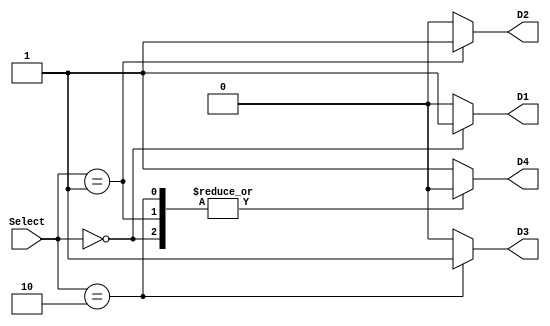
module Decoder_2_to_4
	(
		input  [1:0] Select,	
		output reg 	D1,
		output reg  D2,
		output reg  D3,
		output reg  D4
	);
	
	always @* begin
	
		case (Select)
		
			2'b00: begin
			
				D1 = 1;
				D2 = 0;
				D3 = 0;
				D4 = 0;
			
			end
			
			2'b01: begin
			
				D1 = 0;
				D2 = 1;
				D3 = 0;
				D4 = 0;
			
			end
			
			2'b10: begin
			
				D1 = 0;
				D2 = 0;
				D3 = 1;
				D4 = 0;
			
			end
			
			default: begin
			
				D1 = 0;
				D2 = 0;
				D3 = 0;
				D4 = 1;
			
			end
		
		endcase
	
	end 
	
	
endmodule